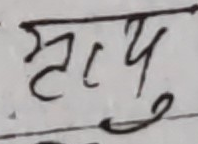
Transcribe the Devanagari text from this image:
मृत्यु